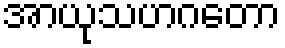
အာယုသဟဂတော